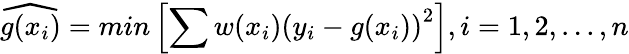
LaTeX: \widehat{g(x_{i})}=min\left[\sum w(x_{i})\left(y_{i}-g(x_{i})\right)^{2}\right],i=1,2,...,n